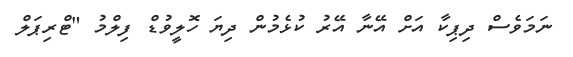
ނަމަވެސް ދިޕިކާ އަށް އޭނާ އޭރު ކުޅެމުން ދިޔަ ހޮލީވުޑް ފިލްމު "ޓްރިޕަލް